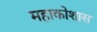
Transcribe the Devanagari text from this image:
महाकोशास